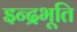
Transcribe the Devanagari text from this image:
इन्द्रभूति